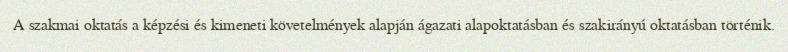
A szakmai oktatás a képzési és kimeneti követelmények alapján ágazati alapoktatásban és szakirányú oktatásban történik.